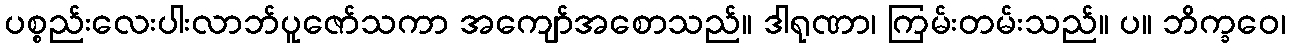
ပစ္စည်းလေးပါးလာဘ်ပူဇော်သကာ အကျော်အစောသည်။ ဒါရုဏာ၊ ကြမ်းတမ်းသည်။ ပ။ ဘိက္ခဝေ၊